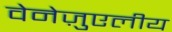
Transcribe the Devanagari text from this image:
वेनेज़ुएलीय